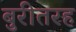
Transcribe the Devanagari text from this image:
बुरीतरह